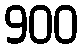
900